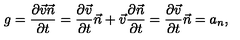
g = \frac { \partial \vec { v } \vec { n } } { \partial t } = \frac { \partial \vec { v } } { \partial t } \vec { n } + \vec { v } \frac { \partial \vec { n } } { \partial t } = \frac { \partial \vec { v } } { \partial t } \vec { n } = a _ { n } ,